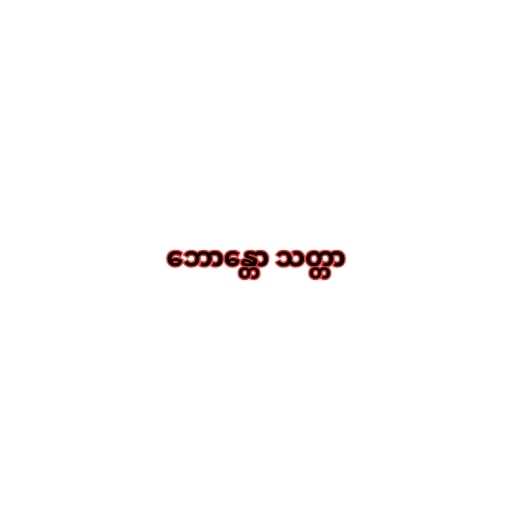
ဘောန္တော သတ္တာ